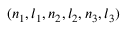
( n _ { 1 } , l _ { 1 } , n _ { 2 } , l _ { 2 } , n _ { 3 } , l _ { 3 } )